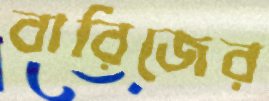
বারিজের